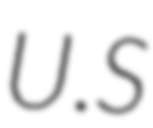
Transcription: U.S